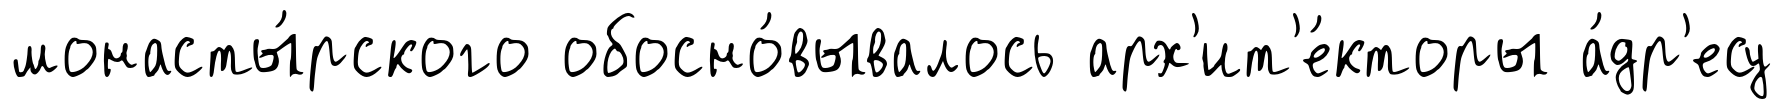
монасты́рского обосно́вывалось арх'ит'е́кторы а́др'есу